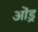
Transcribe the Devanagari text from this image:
ओंड्र